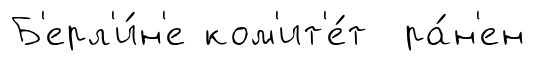
Б'ерл'и́н'е ком'ит'е́т ра́н'ен